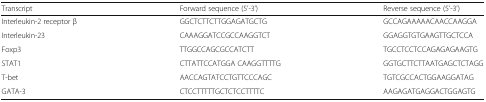
<table><thead><tr><td><b>Transcript</b></td><td><b>Forward sequence (5’-3’)</b></td><td><b>Reverse sequence (5’-3’)</b></td></tr></thead><tbody><tr><td>Interleukin-2 receptor β</td><td>GGCTCTTCTTGGAGATGCTG</td><td>GCCAGAAAAACAACCAAGGA</td></tr><tr><td>Interleukin-23</td><td>CAAAGGATCCGCCAAGGTCT</td><td>GGAGGTGTGAAGTTGCTCCA</td></tr><tr><td>Foxp3</td><td>TTGGCCAGCGCCATCTT</td><td>TGCCTCCTCCAGAGAGAAGTG</td></tr><tr><td>STAT1</td><td>CTTATTCCATGGA CAAGGTTTTG</td><td>GGTGCTTCTTAATGAGCTCTAGG</td></tr><tr><td>T-bet</td><td>AACCAGTATCCTGTTCCCAGC</td><td>TGTCGCCACTGGAAGGATAG</td></tr><tr><td>GATA-3</td><td>CTCCTTTTTGCTCTCCTTTTC</td><td>AAGAGATGAGGACTGGAGTG</td></tr></tbody></table>